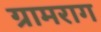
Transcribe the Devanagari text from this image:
ग्रामराग